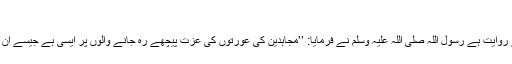
4457)
بریدہ رضی اللہ عنہ سے روایت ہے رسول اللہ صلی اللہ علیہ وسلم نے فرمایا: ’’مجاہدین کی عورتوں کی عزت پیچھے رہ جانے والوں پر ایسی ہے جیسے ان کی اپنی ماؤں کی عزت۔